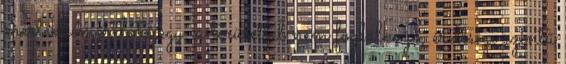
mértékben érthető egy, a területtel nem foglalkozó, érettségi szintű